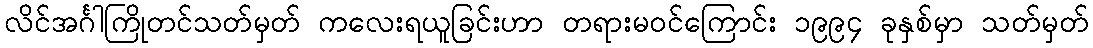
လိင်အင်္ဂါကြိုတင်သတ်မှတ် ကလေးရယူခြင်းဟာ တရားမဝင်ကြောင်း ၁၉၉၄ ခုနှစ်မှာ သတ်မှတ်